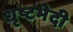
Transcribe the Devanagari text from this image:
धृष्टभेदी